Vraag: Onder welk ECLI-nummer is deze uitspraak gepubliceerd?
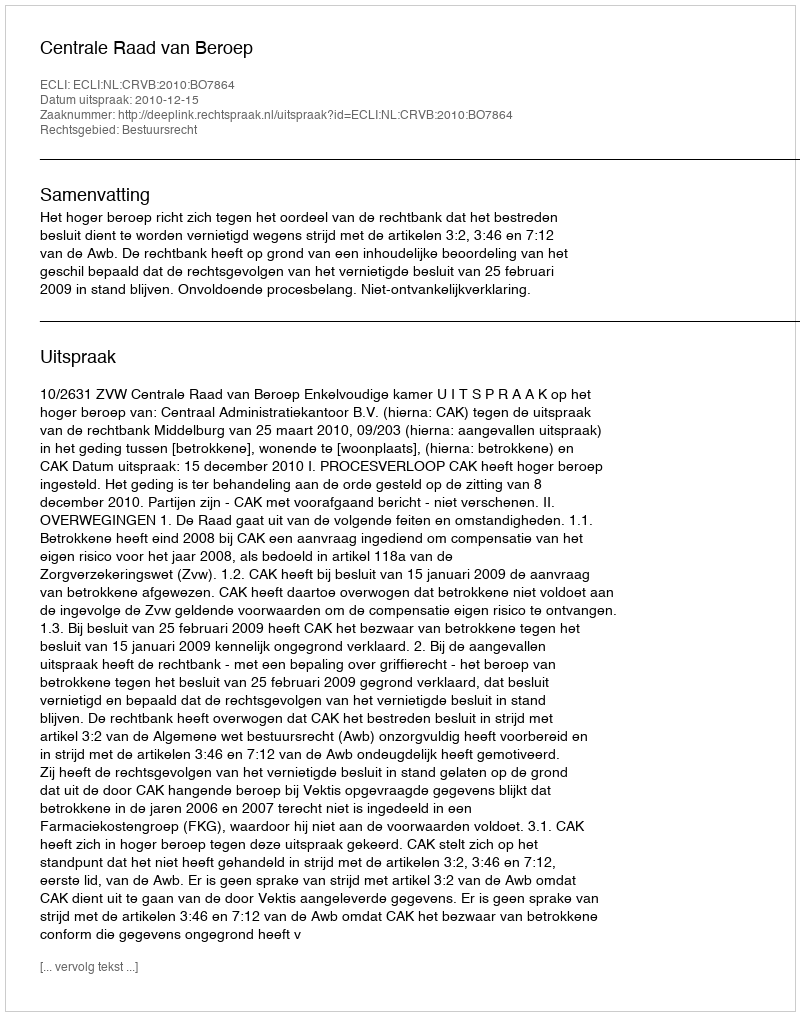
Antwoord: ECLI:NL:CRVB:2010:BO7864